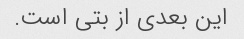
این بعدی از بتی است.